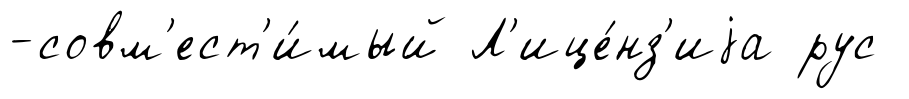
-совм'ест'и́мый Л'ице́нз'иjа рус